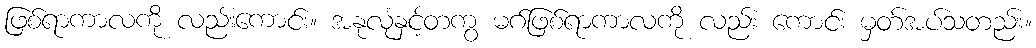
ဖြစ်ရာကာလကို လည်းကောင်း။ အနုလုံနှင့်တကွ မဂ်ဖြစ်ရာကာလကို လည်း ကောင်း မှတ်အပ်သတည်း။